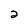
Character: 2